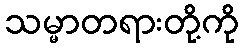
သမ္မာတရားတို့ကို